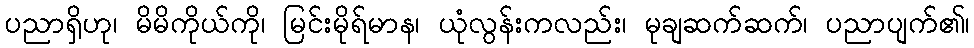
ပညာရှိဟု၊ မိမိကိုယ်ကို၊ မြင်းမိုရ်မာန၊ ယုံလွန်းကလည်း၊ မုချဆက်ဆက်၊ ပညာပျက်၏၊